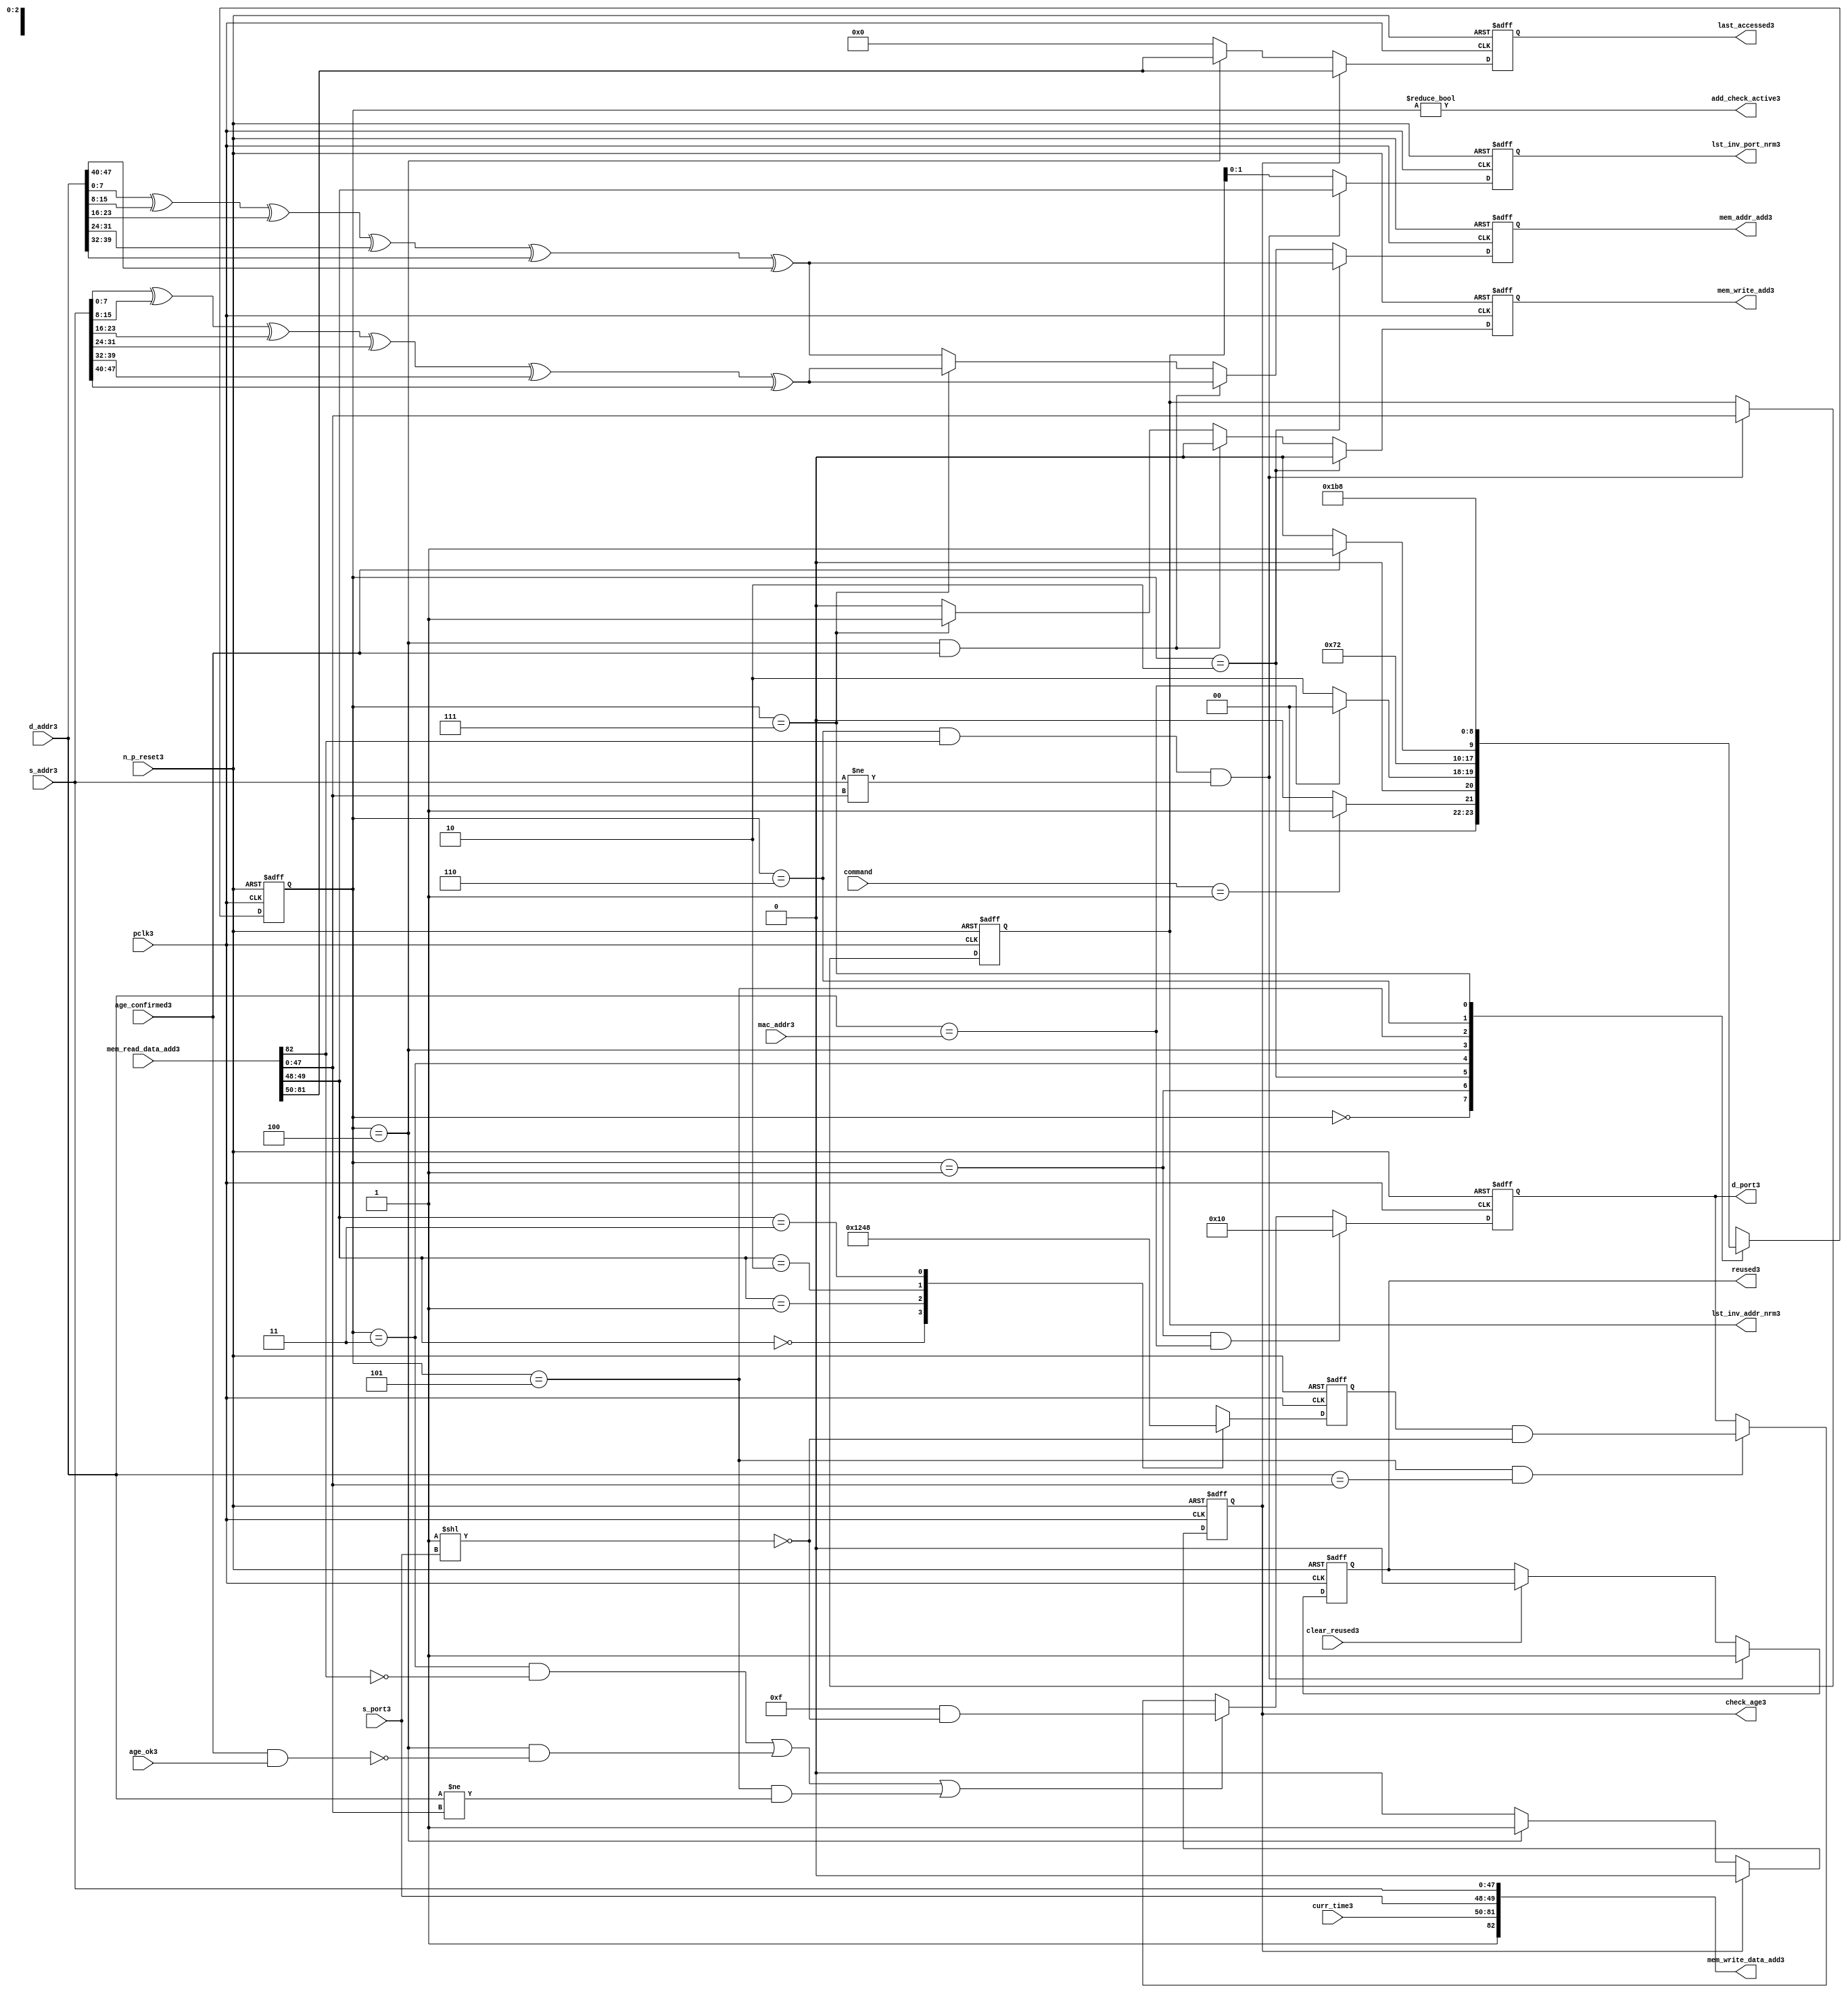
module alut_addr_checker3
(   
   // Inputs3
   pclk3,
   n_p_reset3,
   command,
   mac_addr3,
   d_addr3,
   s_addr3,
   s_port3,
   curr_time3,
   mem_read_data_add3,
   age_confirmed3,
   age_ok3,
   clear_reused3,

   //outputs3
   d_port3,
   add_check_active3,
   mem_addr_add3,
   mem_write_add3,
   mem_write_data_add3,
   lst_inv_addr_nrm3,
   lst_inv_port_nrm3,
   check_age3,
   last_accessed3,
   reused3
);



   input               pclk3;               // APB3 clock3                           
   input               n_p_reset3;          // Reset3                               
   input [1:0]         command;            // command bus                        
   input [47:0]        mac_addr3;           // address of the switch3              
   input [47:0]        d_addr3;             // address of frame3 to be checked3     
   input [47:0]        s_addr3;             // address of frame3 to be stored3      
   input [1:0]         s_port3;             // source3 port of current frame3       
   input [31:0]        curr_time3;          // current time,for storing3 in mem    
   input [82:0]        mem_read_data_add3;  // read data from mem                 
   input               age_confirmed3;      // valid flag3 from age3 checker        
   input               age_ok3;             // result from age3 checker 
   input               clear_reused3;       // read/clear flag3 for reused3 signal3           

   output [4:0]        d_port3;             // calculated3 destination3 port for tx3 
   output              add_check_active3;   // bit 0 of status register           
   output [7:0]        mem_addr_add3;       // hash3 address for R/W3 to memory     
   output              mem_write_add3;      // R/W3 flag3 (write = high3)            
   output [82:0]       mem_write_data_add3; // write data for memory             
   output [47:0]       lst_inv_addr_nrm3;   // last invalidated3 addr normal3 op    
   output [1:0]        lst_inv_port_nrm3;   // last invalidated3 port normal3 op    
   output              check_age3;          // request flag3 for age3 check
   output [31:0]       last_accessed3;      // time field sent3 for age3 check
   output              reused3;             // indicates3 ALUT3 location3 overwritten3

   reg   [2:0]         add_chk_state3;      // current address checker state
   reg   [2:0]         nxt_add_chk_state3;  // current address checker state
   reg   [4:0]         d_port3;             // calculated3 destination3 port for tx3 
   reg   [3:0]         port_mem3;           // bitwise3 conversion3 of 2bit port
   reg   [7:0]         mem_addr_add3;       // hash3 address for R/W3 to memory
   reg                 mem_write_add3;      // R/W3 flag3 (write = high3)            
   reg                 reused3;             // indicates3 ALUT3 location3 overwritten3
   reg   [47:0]        lst_inv_addr_nrm3;   // last invalidated3 addr normal3 op    
   reg   [1:0]         lst_inv_port_nrm3;   // last invalidated3 port normal3 op    
   reg                 check_age3;          // request flag3 for age3 checker
   reg   [31:0]        last_accessed3;      // time field sent3 for age3 check


   wire   [7:0]        s_addr_hash3;        // hash3 of address for storing3
   wire   [7:0]        d_addr_hash3;        // hash3 of address for checking
   wire   [82:0]       mem_write_data_add3; // write data for memory  
   wire                add_check_active3;   // bit 0 of status register           


// Parameters3 for Address Checking3 FSM3 states3
   parameter idle3           = 3'b000;
   parameter mac_addr_chk3   = 3'b001;
   parameter read_dest_add3  = 3'b010;
   parameter valid_chk3      = 3'b011;
   parameter age_chk3        = 3'b100;
   parameter addr_chk3       = 3'b101;
   parameter read_src_add3   = 3'b110;
   parameter write_src3      = 3'b111;


// -----------------------------------------------------------------------------
//   Hash3 conversion3 of source3 and destination3 addresses3
// -----------------------------------------------------------------------------
   assign s_addr_hash3 = s_addr3[7:0] ^ s_addr3[15:8] ^ s_addr3[23:16] ^
                        s_addr3[31:24] ^ s_addr3[39:32] ^ s_addr3[47:40];

   assign d_addr_hash3 = d_addr3[7:0] ^ d_addr3[15:8] ^ d_addr3[23:16] ^
                        d_addr3[31:24] ^ d_addr3[39:32] ^ d_addr3[47:40];



// -----------------------------------------------------------------------------
//   State3 Machine3 For3 handling3 the destination3 address checking process and
//   and storing3 of new source3 address and port values.
// -----------------------------------------------------------------------------
always @ (command or add_chk_state3 or age_confirmed3 or age_ok3)
   begin
      case (add_chk_state3)
      
      idle3:
         if (command == 2'b01)
            nxt_add_chk_state3 = mac_addr_chk3;
         else
            nxt_add_chk_state3 = idle3;

      mac_addr_chk3:   // check if destination3 address match MAC3 switch3 address
         if (d_addr3 == mac_addr3)
            nxt_add_chk_state3 = idle3;  // return dest3 port as 5'b1_0000
         else
            nxt_add_chk_state3 = read_dest_add3;

      read_dest_add3:       // read data from memory using hash3 of destination3 address
            nxt_add_chk_state3 = valid_chk3;

      valid_chk3:      // check if read data had3 valid bit set
         nxt_add_chk_state3 = age_chk3;

      age_chk3:        // request age3 checker to check if still in date3
         if (age_confirmed3)
            nxt_add_chk_state3 = addr_chk3;
         else
            nxt_add_chk_state3 = age_chk3; 

      addr_chk3:       // perform3 compare between dest3 and read addresses3
            nxt_add_chk_state3 = read_src_add3; // return read port from ALUT3 mem

      read_src_add3:   // read from memory location3 about3 to be overwritten3
            nxt_add_chk_state3 = write_src3; 

      write_src3:      // write new source3 data (addr and port) to memory
            nxt_add_chk_state3 = idle3; 

      default:
            nxt_add_chk_state3 = idle3;
      endcase
   end


// destination3 check FSM3 current state
always @ (posedge pclk3 or negedge n_p_reset3)
   begin
   if (~n_p_reset3)
      add_chk_state3 <= idle3;
   else
      add_chk_state3 <= nxt_add_chk_state3;
   end



// -----------------------------------------------------------------------------
//   Generate3 returned value of port for sending3 new frame3 to
// -----------------------------------------------------------------------------
always @ (posedge pclk3 or negedge n_p_reset3)
   begin
   if (~n_p_reset3)
      d_port3 <= 5'b0_1111;
   else if ((add_chk_state3 == mac_addr_chk3) & (d_addr3 == mac_addr3))
      d_port3 <= 5'b1_0000;
   else if (((add_chk_state3 == valid_chk3) & ~mem_read_data_add3[82]) |
            ((add_chk_state3 == age_chk3) & ~(age_confirmed3 & age_ok3)) |
            ((add_chk_state3 == addr_chk3) & (d_addr3 != mem_read_data_add3[47:0])))
      d_port3 <= 5'b0_1111 & ~( 1 << s_port3 );
   else if ((add_chk_state3 == addr_chk3) & (d_addr3 == mem_read_data_add3[47:0]))
      d_port3 <= {1'b0, port_mem3} & ~( 1 << s_port3 );
   else
      d_port3 <= d_port3;
   end


// -----------------------------------------------------------------------------
//   convert read port source3 value from 2bits to bitwise3 4 bits
// -----------------------------------------------------------------------------
always @ (posedge pclk3 or negedge n_p_reset3)
   begin
   if (~n_p_reset3)
      port_mem3 <= 4'b1111;
   else begin
      case (mem_read_data_add3[49:48])
         2'b00: port_mem3 <= 4'b0001;
         2'b01: port_mem3 <= 4'b0010;
         2'b10: port_mem3 <= 4'b0100;
         2'b11: port_mem3 <= 4'b1000;
      endcase
   end
   end
   


// -----------------------------------------------------------------------------
//   Set active bit of status, decoded3 off3 add_chk_state3
// -----------------------------------------------------------------------------
assign add_check_active3 = (add_chk_state3 != 3'b000);


// -----------------------------------------------------------------------------
//   Generate3 memory addressing3 signals3.
//   The check address command will be taken3 as the indication3 from SW3 that the 
//   source3 fields (address and port) can be written3 to memory. 
// -----------------------------------------------------------------------------
always @ (posedge pclk3 or negedge n_p_reset3)
   begin
   if (~n_p_reset3) 
   begin
       mem_write_add3 <= 1'b0;
       mem_addr_add3  <= 8'd0;
   end
   else if (add_chk_state3 == read_dest_add3)
   begin
       mem_write_add3 <= 1'b0;
       mem_addr_add3  <= d_addr_hash3;
   end
// Need3 to set address two3 cycles3 before check
   else if ( (add_chk_state3 == age_chk3) && age_confirmed3 )
   begin
       mem_write_add3 <= 1'b0;
       mem_addr_add3  <= s_addr_hash3;
   end
   else if (add_chk_state3 == write_src3)
   begin
       mem_write_add3 <= 1'b1;
       mem_addr_add3  <= s_addr_hash3;
   end
   else
   begin
       mem_write_add3 <= 1'b0;
       mem_addr_add3  <= d_addr_hash3;
   end
   end


// -----------------------------------------------------------------------------
//   Generate3 databus3 for writing to memory
//   Data written3 to memory from address checker will always be valid
// -----------------------------------------------------------------------------
assign mem_write_data_add3 = {1'b1, curr_time3, s_port3, s_addr3};



// -----------------------------------------------------------------------------
//   Evaluate3 read back data that is about3 to be overwritten3 with new source3 
//   address and port values. Decide3 whether3 the reused3 flag3 must be set and
//   last_inval3 address and port values updated.
//   reused3 needs3 to be implemented as read and clear
// -----------------------------------------------------------------------------
always @ (posedge pclk3 or negedge n_p_reset3)
   begin
   if (~n_p_reset3) 
   begin
      reused3 <= 1'b0;
      lst_inv_addr_nrm3 <= 48'd0;
      lst_inv_port_nrm3 <= 2'd0;
   end
   else if ((add_chk_state3 == read_src_add3) & mem_read_data_add3[82] &
            (s_addr3 != mem_read_data_add3[47:0]))
   begin
      reused3 <= 1'b1;
      lst_inv_addr_nrm3 <= mem_read_data_add3[47:0];
      lst_inv_port_nrm3 <= mem_read_data_add3[49:48];
   end
   else if (clear_reused3)
   begin
      reused3 <= 1'b0;
      lst_inv_addr_nrm3 <= lst_inv_addr_nrm3;
      lst_inv_port_nrm3 <= lst_inv_addr_nrm3;
   end
   else 
   begin
      reused3 <= reused3;
      lst_inv_addr_nrm3 <= lst_inv_addr_nrm3;
      lst_inv_port_nrm3 <= lst_inv_addr_nrm3;
   end
   end


// -----------------------------------------------------------------------------
//   Generate3 signals3 for age3 checker to perform3 in-date3 check
// -----------------------------------------------------------------------------
always @ (posedge pclk3 or negedge n_p_reset3)
   begin
   if (~n_p_reset3) 
   begin
      check_age3 <= 1'b0;  
      last_accessed3 <= 32'd0;
   end
   else if (check_age3)
   begin
      check_age3 <= 1'b0;  
      last_accessed3 <= mem_read_data_add3[81:50];
   end
   else if (add_chk_state3 == age_chk3)
   begin
      check_age3 <= 1'b1;  
      last_accessed3 <= mem_read_data_add3[81:50];
   end
   else 
   begin
      check_age3 <= 1'b0;  
      last_accessed3 <= 32'd0;
   end
   end


`ifdef ABV_ON3

// psl3 default clock3 = (posedge pclk3);

// ASSERTION3 CHECKS3
/* Commented3 out as also checking in toplevel3
// it should never be possible3 for the destination3 port to indicate3 the MAC3
// switch3 address and one of the other 4 Ethernets3
// psl3 assert_valid_dest_port3 : assert never (d_port3[4] & |{d_port3[3:0]});


// COVER3 SANITY3 CHECKS3
// check all values of destination3 port can be returned.
// psl3 cover_d_port_03 : cover { d_port3 == 5'b0_0001 };
// psl3 cover_d_port_13 : cover { d_port3 == 5'b0_0010 };
// psl3 cover_d_port_23 : cover { d_port3 == 5'b0_0100 };
// psl3 cover_d_port_33 : cover { d_port3 == 5'b0_1000 };
// psl3 cover_d_port_43 : cover { d_port3 == 5'b1_0000 };
// psl3 cover_d_port_all3 : cover { d_port3 == 5'b0_1111 };
*/
`endif


endmodule